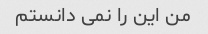
من این را نمی دانستم